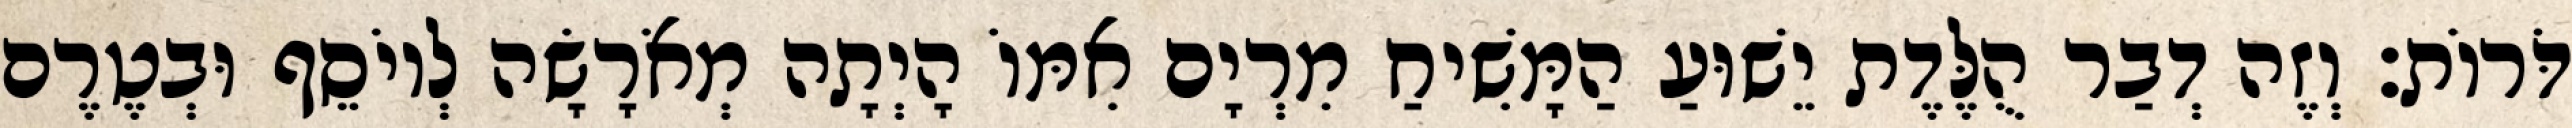
דֹּרוֹת׃ וְזֶה דְבַר הֻלֶּדֶת יֵשׁוּעַ הַמָּשִׁיחַ מִרְיָם אִמּוֹ הָיְתָה מְאֹרָשָׂה לְיוֹסֵף וּבְטֶרֶם